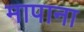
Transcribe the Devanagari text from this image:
मापाना